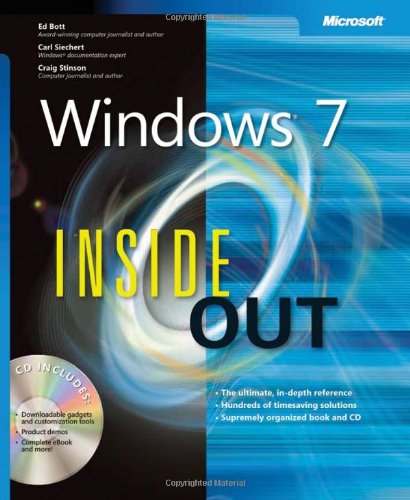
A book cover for Windows 7 Inside Out; Ed Bott; Computers & Technology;